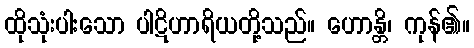
ထိုသုံးပါးသော ပါဋိဟာရိယတို့သည်။ ဟောန္တိ၊ ကုန်၏။